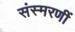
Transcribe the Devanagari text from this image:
संस्मरणीं